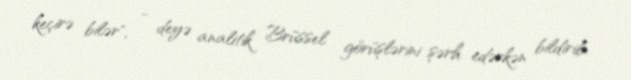
keçirə bilər", - deyə analitik Brüssel görüşlərini şərh edərkən bildirib.